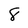
Character: 8